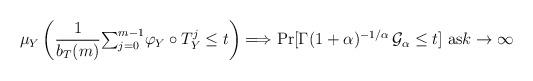
LaTeX: \begin{align*}\mu_{Y}\left( \frac{1}{b_{T}(m)}{\textstyle\sum_{j=0}^{m-1}}\varphi_{Y}\circ T_{Y}^{j}\leq t\right) \Longrightarrow\Pr[\Gamma(1+\alpha)^{-1/\alpha}\,\mathcal{G}_{\alpha}\leq t]\text{ as}k\rightarrow\infty\end{align*}